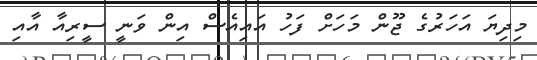
މިިދިޔަ އަަހަރުގެ ޖޫން މަހަށް ފަހު އައިއެސް އިން ވަނީ ސީރިއާ އާއި